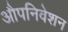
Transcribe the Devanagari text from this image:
औपनिवेशन